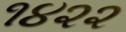
૧૪૨૨